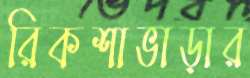
রিকশাভাড়ার